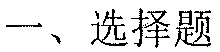
一、选择题